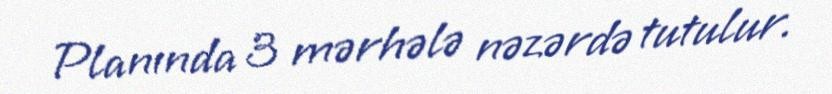
Planında 3 mərhələ nəzərdə tutulur.